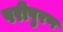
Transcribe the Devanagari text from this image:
परीपुरण